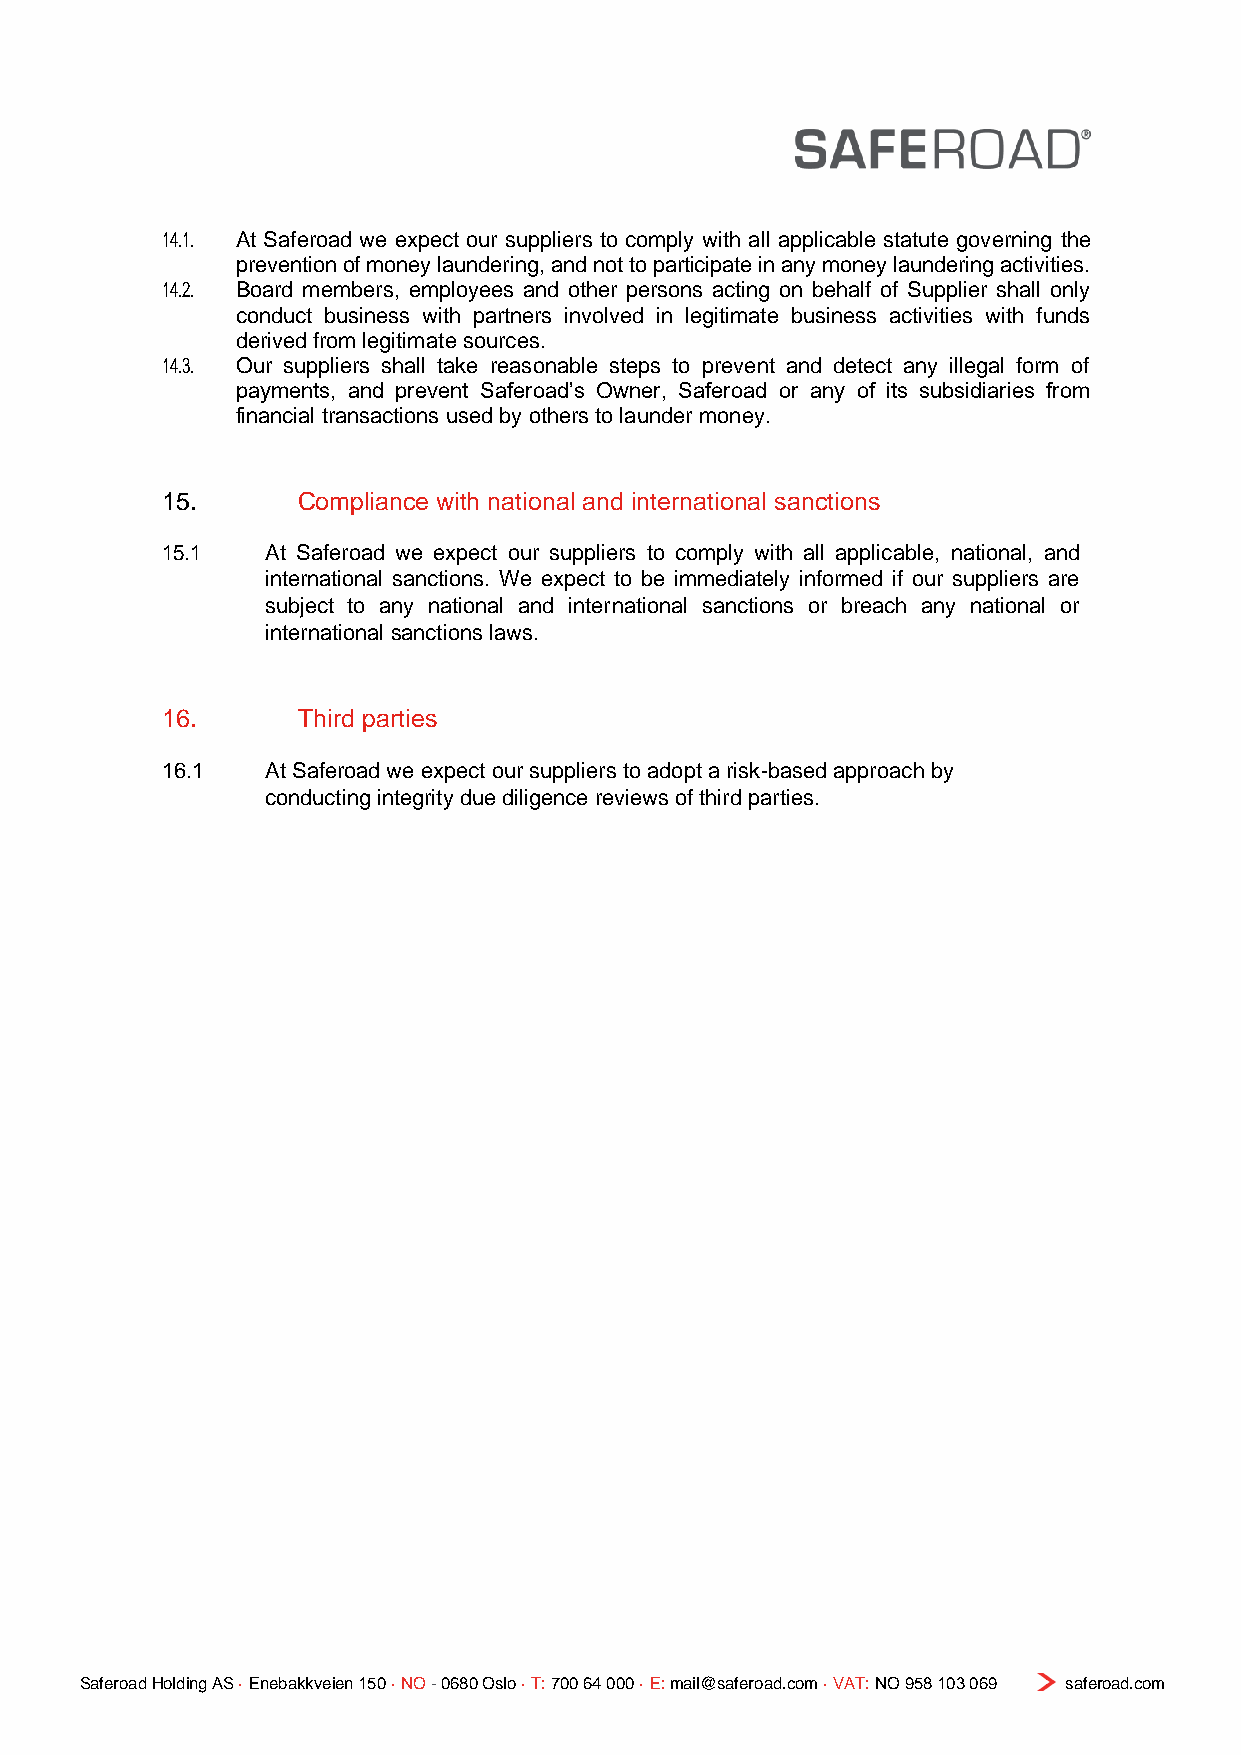
14.1. At Saferoad we expect our suppliers to comply with all applicable statute governing the
 prevention of money laundering, and not to participate in any money laundering activities.
 14.2. Board members, employees and other persons acting on behalf of Supplier shall only
 conduct business with partners involved in legitimate business activities with funds
 derived from legitimate sources.
 14.3. Our suppliers shall take reasonable steps to prevent and detect any illegal form of
 payments, and prevent Saferoad’s Owner, Saferoad or any of its subsidiaries from
 financial transactions used by others to launder money.
 15.      Compliance with national and international sanctions
 15.1   At Saferoad we expect our suppliers to comply with all applicable, national, and
 international sanctions. We expect to be immediately informed if our suppliers are
 subject to any national and international sanctions or breach any national or
 international sanctions laws.
 16.      Third parties
 16.1   At Saferoad we expect our suppliers to adopt a risk-based approach by
 conducting integrity due diligence reviews of third parties.
 Saferoad Holding AS · Enebakkveien 150 · NO - 0680 Oslo · T: 700 64 000 · E: mail@saferoad.com · VAT: NO 958 103 069 saferoad.com